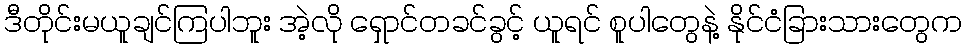
ဒီတိုင်းမယူချင်ကြပါဘူး အဲ့လို ရှောင်တခင်ခွင့် ယူရင် စူပါတွေနဲ့ နိုင်ငံခြားသားတွေက